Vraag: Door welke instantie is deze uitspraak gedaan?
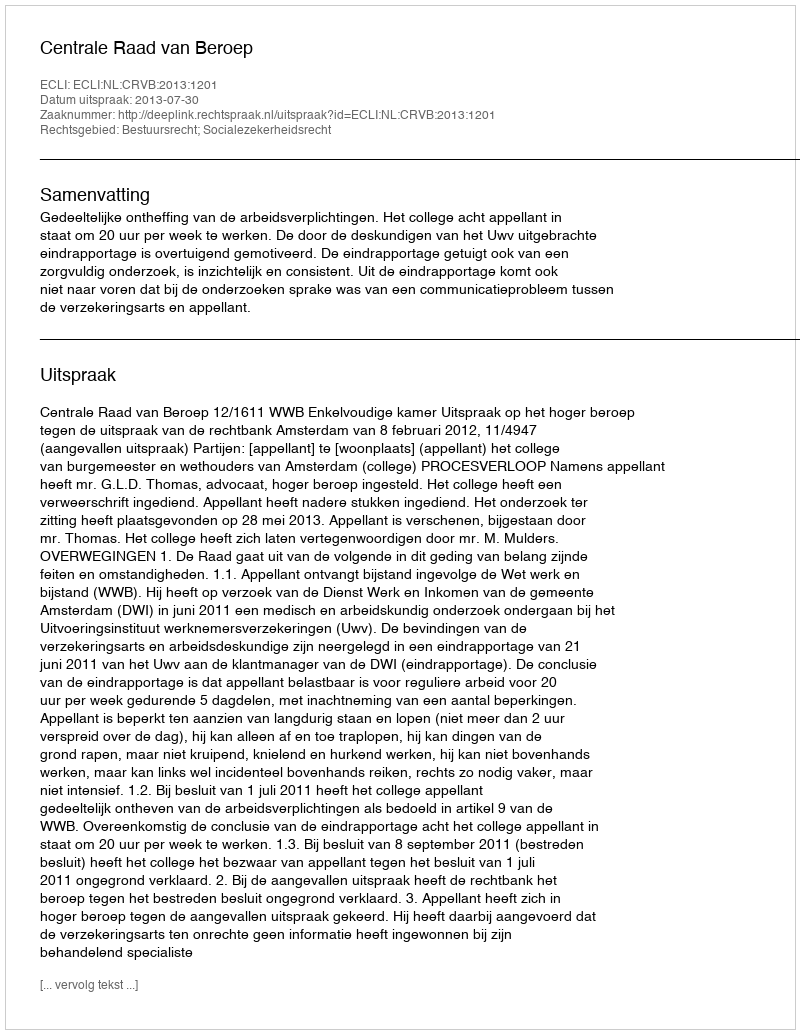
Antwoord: Centrale Raad van Beroep